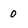
Character: 0